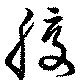
腹